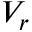
V _ { r }